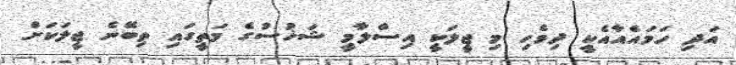
އަދި ހަމައެއާއެކީ ދިވެހި މި ޖީލަކީ އިސްލާމީ ޝަޚުސުގެ މަތީގައި ތިބޭނެ ޖީލަކަށް